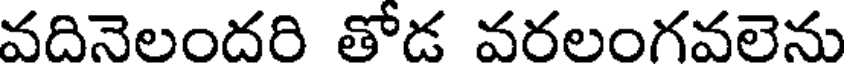
వదినెలందరి తోడ వరలంగవలెను